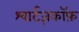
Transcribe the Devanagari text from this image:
श्वार्टज़कॉफ़